Annual report of the Punjab Veterinary College and of the Civil Veterinary Department, Punjab - 1920-1925
Year: 1920
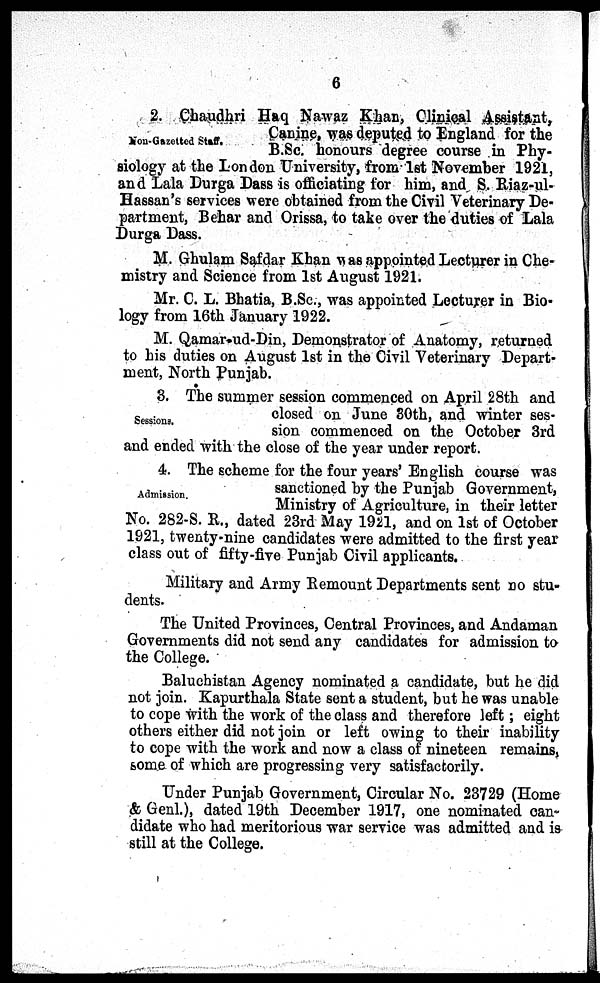
6
Non-Gazetted Staff.
2. Chaudhri Haq Nawaz Khan, Clinical Assistant,
Canine, was deputed to England for the
B.Sc. honours degree course in Phy-
siology at the London University, from 1st November 1921,
and Lala Durga Dass is officiating for him, and S. Riaz-ul-
Hassan's services were obtained from the Civil Veterinary De-
partment, Behar and Orissa, to take over the duties of Lala
Durga Dass.
M. Ghulam Safdar Khan was appointed Lecturer in Che-
mistry and Science from 1st August 1921.
Mr. C. L. Bhatia, B.Sc., was appointed Lecturer in Bio-
logy from 16th January 1922.
M. Qamar-ud-Din, Demonstrator of Anatomy, returned
to his duties on August 1st in the Civil Veterinary Depart-
ment, North Punjab.
Sessions.
3. The summer session commenced on April 28th and
closed on June 30th, and winter ses-
sion commenced on the October 3rd
and ended with the close of the year under report.
Admission.
4. The scheme for the four years' English course was
sanctioned by the Punjab Government,
Ministry of Agriculture, in their letter
No. 282-S. R., dated 23rd May 1921, and on 1st of October
1921, twenty-nine candidates were admitted to the first year
class out of fifty-five Punjab Civil applicants.
Military and Army Remount Departments sent no stu-
dents.
The United Provinces, Central Provinces, and Andaman
Governments did not send any candidates for admission to
the College.
Baluchistan Agency nominated a candidate, but he did
not join. Kapurthala State sent a student, but he was unable
to cope with the work of the class and therefore left; eight
others either did not join or left owing to their inability
to cope with the work and now a class of nineteen remains,
some of which are progressing very satisfactorily.
Under Punjab Government, Circular No. 23729 (Home
& Genl.), dated 19th December 1917, one nominated can-
didate who had meritorious war service was admitted and is
still at the College.